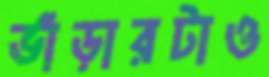
ভাঁড়ারটাও